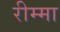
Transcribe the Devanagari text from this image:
रीम्मा